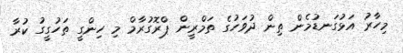
މިހާރު އަޅުގަނޑުމެން ތިން ދުވަހުގެ ތަމްރީން ޕްރޮގުރާމް މި ހިންގީ ތަހުގީގު ކުރާ